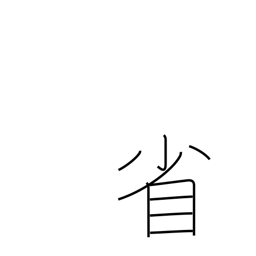
Meaning: government ministry